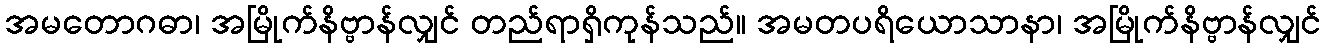
အမတောဂဓာ၊ အမြိုက်နိဗ္ဗာန်လျှင် တည်ရာရှိကုန်သည်။ အမတပရိယောသာနာ၊ အမြိုက်နိဗ္ဗာန်လျှင်